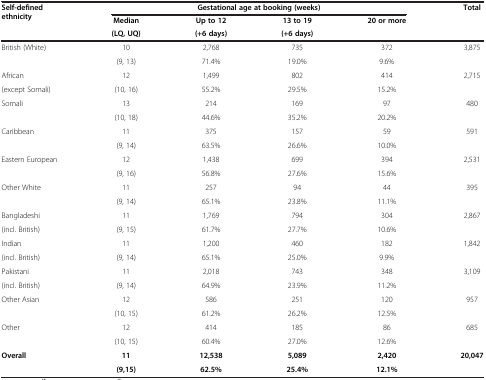
<table><thead><tr><td><b>Self-defined ethnicity</b></td><td colspan="4"><b>Gestational age at booking (weeks)</b></td><td><b>Total</b></td></tr><tr><td><b> </b></td><td><b>Median</b></td><td><b>Up to 12</b></td><td><b>13 to 19</b></td><td><b>20 or more</b></td><td><b> </b></td></tr><tr><td><b> </b></td><td><b>(LQ, UQ)</b></td><td><b>(+6 days)</b></td><td><b>(+6 days)</b></td><td><b> </b></td><td><b> </b></td></tr></thead><tbody><tr><td rowspan="2">British (White)</td><td>10</td><td>2,768</td><td>735</td><td>372</td><td rowspan="2">3,875</td></tr><tr><td>(9, 13)</td><td>71.4%</td><td>19.0%</td><td>9.6%</td></tr><tr><td>African</td><td>12</td><td>1,499</td><td>802</td><td>414</td><td rowspan="2">2,715</td></tr><tr><td>(except Somali)</td><td>(10, 16)</td><td>55.2%</td><td>29.5%</td><td>15.2%</td></tr><tr><td rowspan="2">Somali</td><td>13</td><td>214</td><td>169</td><td>97</td><td rowspan="2">480</td></tr><tr><td>(10, 18)</td><td>44.6%</td><td>35.2%</td><td>20.2%</td></tr><tr><td rowspan="2">Caribbean</td><td>11</td><td>375</td><td>157</td><td>59</td><td rowspan="2">591</td></tr><tr><td>(9, 14)</td><td>63.5%</td><td>26.6%</td><td>10.0%</td></tr><tr><td rowspan="2">Eastern European</td><td>12</td><td>1,438</td><td>699</td><td>394</td><td rowspan="2">2,531</td></tr><tr><td>(9, 16)</td><td>56.8%</td><td>27.6%</td><td>15.6%</td></tr><tr><td rowspan="2">Other White</td><td>11</td><td>257</td><td>94</td><td>44</td><td rowspan="2">395</td></tr><tr><td>(9, 14)</td><td>65.1%</td><td>23.8%</td><td>11.1%</td></tr><tr><td>Bangladeshi</td><td>11</td><td>1,769</td><td>794</td><td>304</td><td rowspan="2">2,867</td></tr><tr><td>(incl. British)</td><td>(9, 15)</td><td>61.7%</td><td>27.7%</td><td>10.6%</td></tr><tr><td>Indian</td><td>11</td><td>1,200</td><td>460</td><td>182</td><td rowspan="2">1,842</td></tr><tr><td>(incl. British)</td><td>(9, 14)</td><td>65.1%</td><td>25.0%</td><td>9.9%</td></tr><tr><td>Pakistani</td><td>11</td><td>2,018</td><td>743</td><td>348</td><td rowspan="2">3,109</td></tr><tr><td>(incl. British)</td><td>(9, 14)</td><td>64.9%</td><td>23.9%</td><td>11.2%</td></tr><tr><td rowspan="2">Other Asian</td><td>12</td><td>586</td><td>251</td><td>120</td><td rowspan="2">957</td></tr><tr><td>(10, 15)</td><td>61.2%</td><td>26.2%</td><td>12.5%</td></tr><tr><td rowspan="2">Other</td><td>12</td><td>414</td><td>185</td><td>86</td><td rowspan="2">685</td></tr><tr><td>(10, 15)</td><td>60.4%</td><td>27.0%</td><td>12.6%</td></tr><tr><td><b>Overall</b></td><td><b>11</b></td><td><b>12,538</b></td><td><b>5,089</b></td><td><b>2,420</b></td><td><b>20,047</b></td></tr><tr><td> </td><td><b>(9,15)</b></td><td><b>62.5%</b></td><td><b>25.4%</b></td><td><b>12.1%</b></td><td> </td></tr></tbody></table>